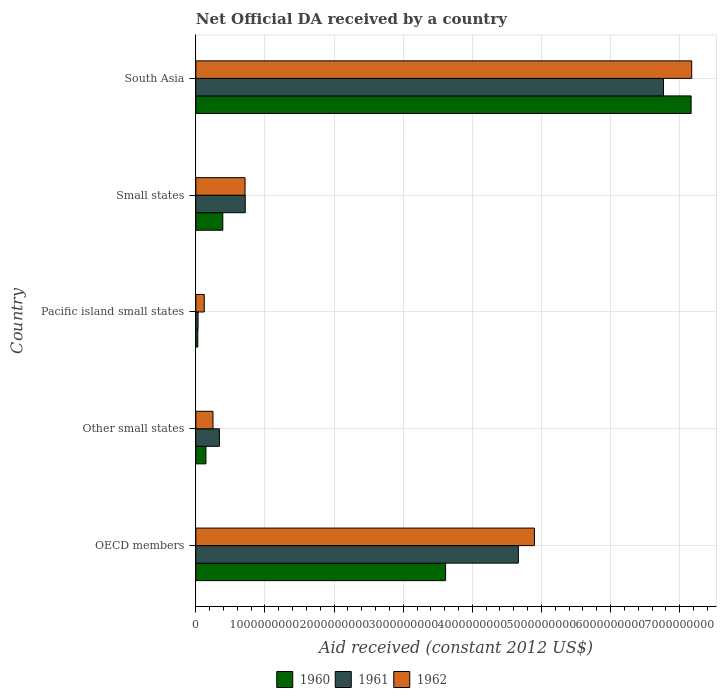
| Country | 1960 | 1961 | 1962 |
 | --- | --- | --- | --- |
 | OECD members | 3.61e+09 | 4.67e+09 | 4.9e+09 |
 | Other small states | 1.46e+08 | 3.41e+08 | 2.48e+08 |
 | Pacific island small states | 2.87e+07 | 3.25e+07 | 1.22e+08 |
 | Small states | 3.9e+08 | 7.15e+08 | 7.12e+08 |
 | South Asia | 7.17e+09 | 6.76e+09 | 7.17e+09 |